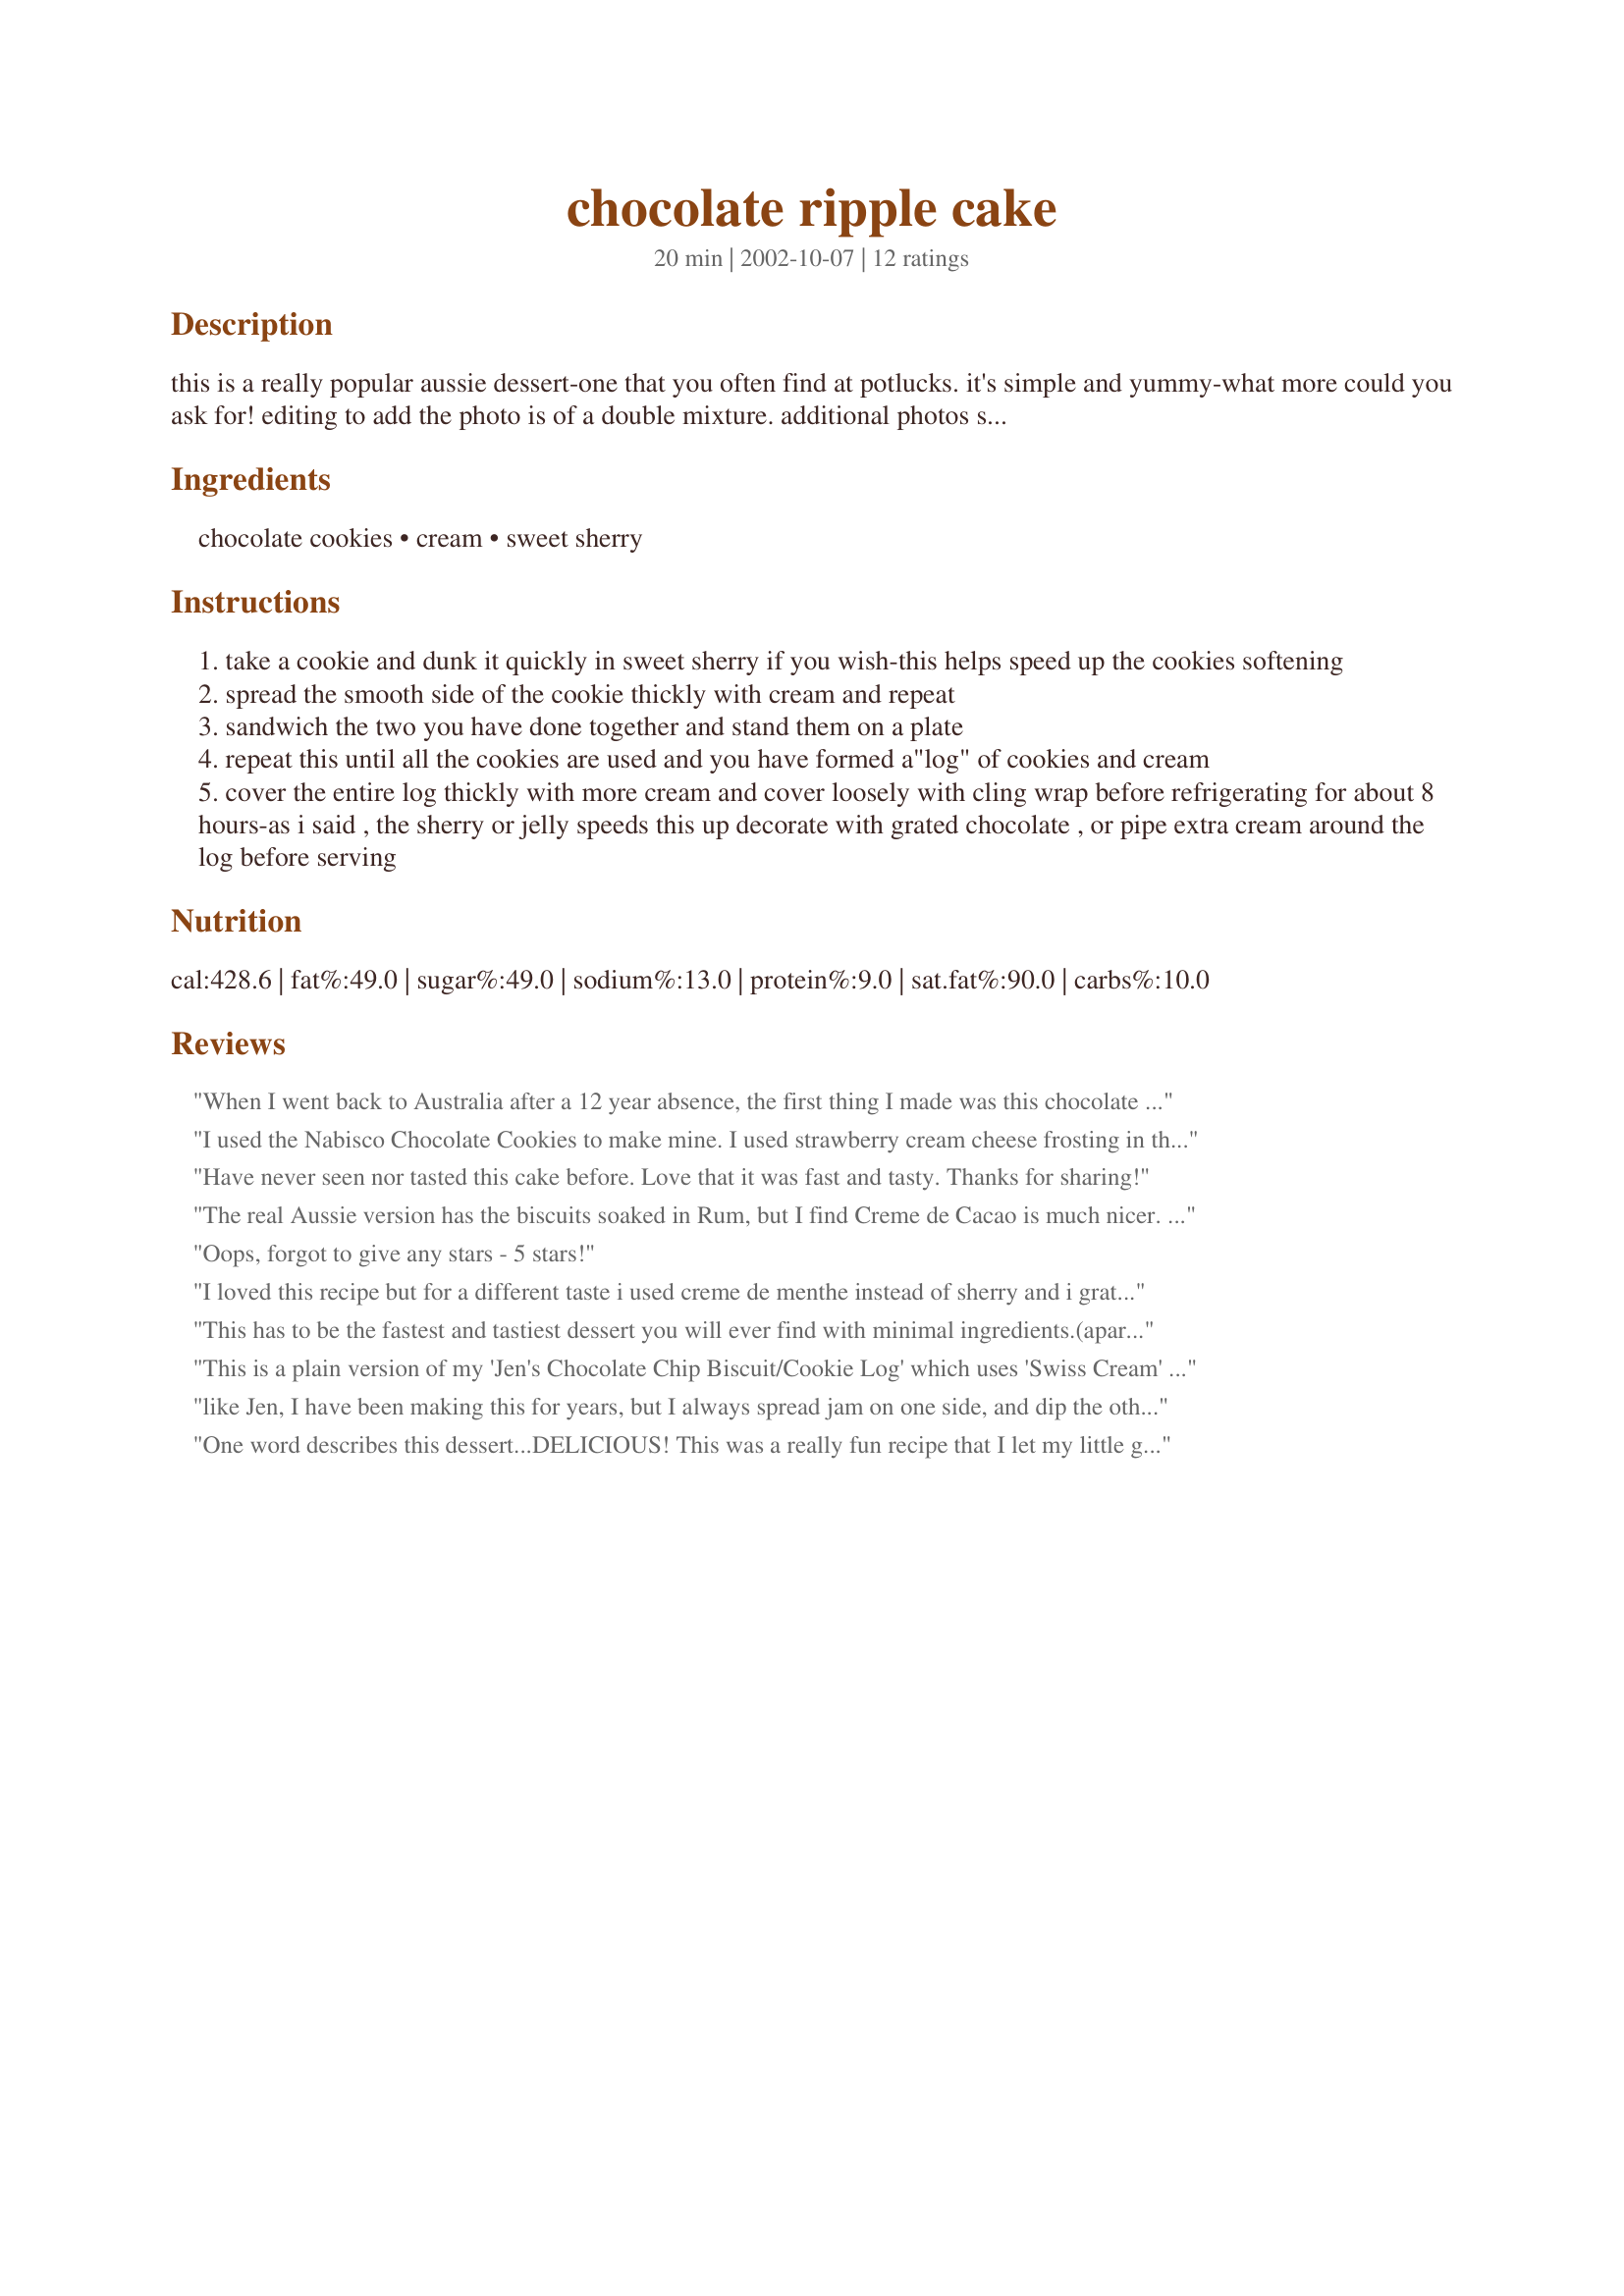
chocolate ripple cake
Preparation time: 20 minutes

this is a really popular aussie dessert-one that you often find at potlucks. it's simple and yummy-what more could you ask for!
editing to add the photo is of a double mixture. additional photos show the steps involved making this ring.

Ingredients:
chocolate cookies, cream, sweet sherry

Steps:
take a cookie and dunk it quickly in sweet sherry if you wish-this helps speed up the cookies softening
spread the smooth side of the cookie thickly with cream and repeat
sandwich the two you have done together and stand them on a plate
repeat this until all the cookies are used and you have formed a"log" of cookies and cream
cover the entire log thickly with more cream and cover loosely with cling wrap before refrigerating for about 8 hours-as i said , the sherry or jelly speeds this up decorate with grated chocolate , or pipe extra cream around the log before serving

Reviews:
When I went back to Australia after a 12 year absence, the first thing I made was this chocolate ripple cake. It was just as heavenly as I remembered it. I used to make it as a log with two rows of biscuits. I also used to cover it with whipped cream, sliced strawberries and chocolate leaves. I had never thought of making it into a circle to be honest and it looks absolutely wonderful that way too.
I used the Nabisco Chocolate Cookies to make mine. I used strawberry cream cheese frosting in the middle of each cookie, then made it as the recipe showed. I sprinkled chopped walnuts on top after placing whole strawberries around the cake. It looked so pretty and tasted even better!
Have never seen nor tasted this cake before. Love that it was fast and tasty. Thanks for sharing!
The real Aussie version has the biscuits soaked in Rum, but I find Creme de Cacao is much nicer.
After assembling. Cover with whipped cream, roll in crushed almonds and decorate the top with 3 or 4 glaced cherries.
And most importantly - to serve. Cut each slice on an angle.
Oops, forgot to give any stars - 5 stars!
I loved this recipe but for a different taste i used creme de menthe instead of sherry and i grated a peppermint crisp on top.
This has to be the fastest and tastiest dessert you will ever find with minimal ingredients.(apart from the refrigerating bit)It tastes like you spent hours! Thanks for the great photo it has given me a great idea for the next time I serve it. My mum made heaps of these for my sisters wedding when I was little and I have been in love with it since. She also used creme de menthe and it's just heavenly. I made it today with sweet sherry. I've also tried it with different biscuits that are my favourites and worked great too. Excellent dessert to serve company! YUMMO!!!! 5 star plus!
This is a plain version of my 'Jen's Chocolate Chip Biscuit/Cookie Log' which uses 'Swiss Cream' in place of plain cream. I have been making these for about 40years..LOL Thanks Jan for showing me another way to serve as I had never thought of making it in the ring shape. A great summer dessert when the berries are ripe.:)
like Jen, I have been making this for years, but I always spread jam on one side, and dip the other side in cream sherry.
I only ever make it at xmas, because I like it way too much :)
One word describes this dessert...DELICIOUS! This was a really fun recipe that I let my little girl help me with. We used raspberry jelly and decorated with grated chocolate as suggested. Even more fun than making this, was eating it. Raspberry, cream, chocolate...what's not to love???
After my mom requested <a href="/58226">Homemade Ravioli with Tomato Sauce</a> for her birthday supper I knoew that I wanted to make an easy dessert to go with the meal and this was perfect! I did not use the jam/sherry just whipping cream and chocolate wafer cookies. I placed them in a log and made a sort of "black forest" variation by topping the log with cherry filling and chocolate curls. Delicious and looked fantastic! It was the perfect end to our birthday celebration meal, thanks! :)
This was a real hit as one of our Christmas desserts, I used chocolate chippies (couldnt find a plain chocolate biscuit), dipped in sherry and shaped in to a log.
Delicious.
